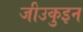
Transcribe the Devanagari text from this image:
जो॑उकुइन